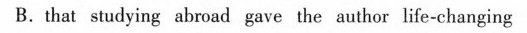
B.that audying abroad gave the author life-changing